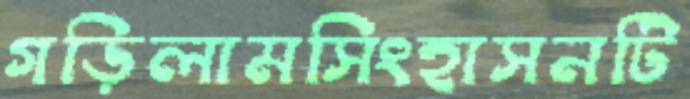
গড়িলামসিংহাসনটি